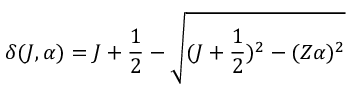
\delta ( J , \alpha ) = J + \frac { 1 } { 2 } - \sqrt { ( J + \frac { 1 } { 2 } ) ^ { 2 } - ( Z \alpha ) ^ { 2 } }